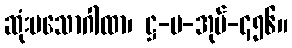
ဆုံးမသောဂါထာ၊ ဋ္ဌ-ပ-အုပ်-၄၅၆။